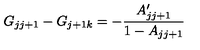
G _ { j j + 1 } - G _ { j + 1 k } = - { \frac { A \sp \prime _ { j j + 1 } } { 1 - A _ { j j + 1 } } }